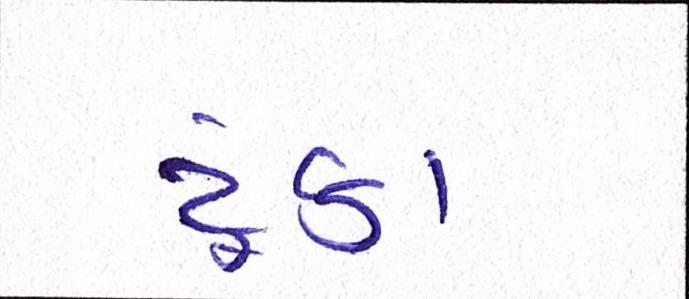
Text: ટૂંકા